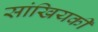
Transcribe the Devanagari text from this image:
सांखियकी